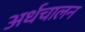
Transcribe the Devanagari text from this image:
अर्धचालन